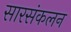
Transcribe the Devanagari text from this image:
सारसंकलन